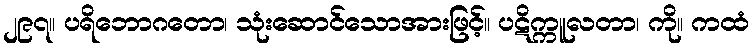
၂၉၇။ ပရိဘောဂတော၊ သုံးဆောင်သောအားဖြင့်။ ပဋိက္ကူလတာ၊ ကို။ ကထံ